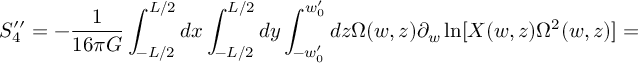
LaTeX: S _ { 4 } ^ { \prime \prime } = - \frac { 1 } { 1 6 \pi G } \int _ { - L / 2 } ^ { L / 2 } d x \int _ { - L / 2 } ^ { L / 2 } d y \int _ { - w _ { 0 } ^ { \prime } } ^ { w _ { 0 } ^ { \prime } } d z \Omega ( w , z ) \partial _ { w } \ln [ X ( w , z ) \Omega ^ { 2 } ( w , z ) ] =